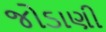
જોડાણી